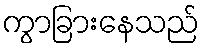
ကွာခြားနေသည်